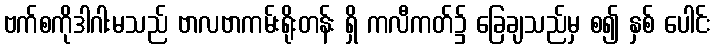
ဗက်စကိုဒါဂါးမသည် ဗာလဗာကမ်းရိုးတန်း ရှိ ကလီကတ်၌ ခြေချသည်မှ စ၍ နှစ် ပေါင်း